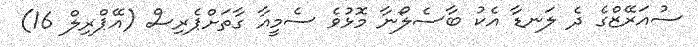
ސުއަރޭޒްގެ ދެ ލަނޑާ އެކު ބާސެލޯނާ މޮޅުވެ ސެމީއާ ގާތަށްޕެރިސް (އޭޕްރިލް 16)